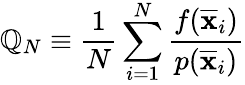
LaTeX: \mathbb{Q}_{N}\equiv{\frac{{1}}{{N}}}\sum_{i=1}^{N}{\frac{{f({\overline{{{\mathbf{{x}}}}}}_{i})}}{{p({\overline{{{\mathbf{{x}}}}}}_{i})}}}